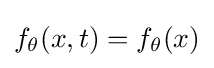
f_{\theta }(x,t)=f_{\theta }(x)